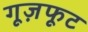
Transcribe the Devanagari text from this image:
गूज़फूट